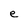
Character: e